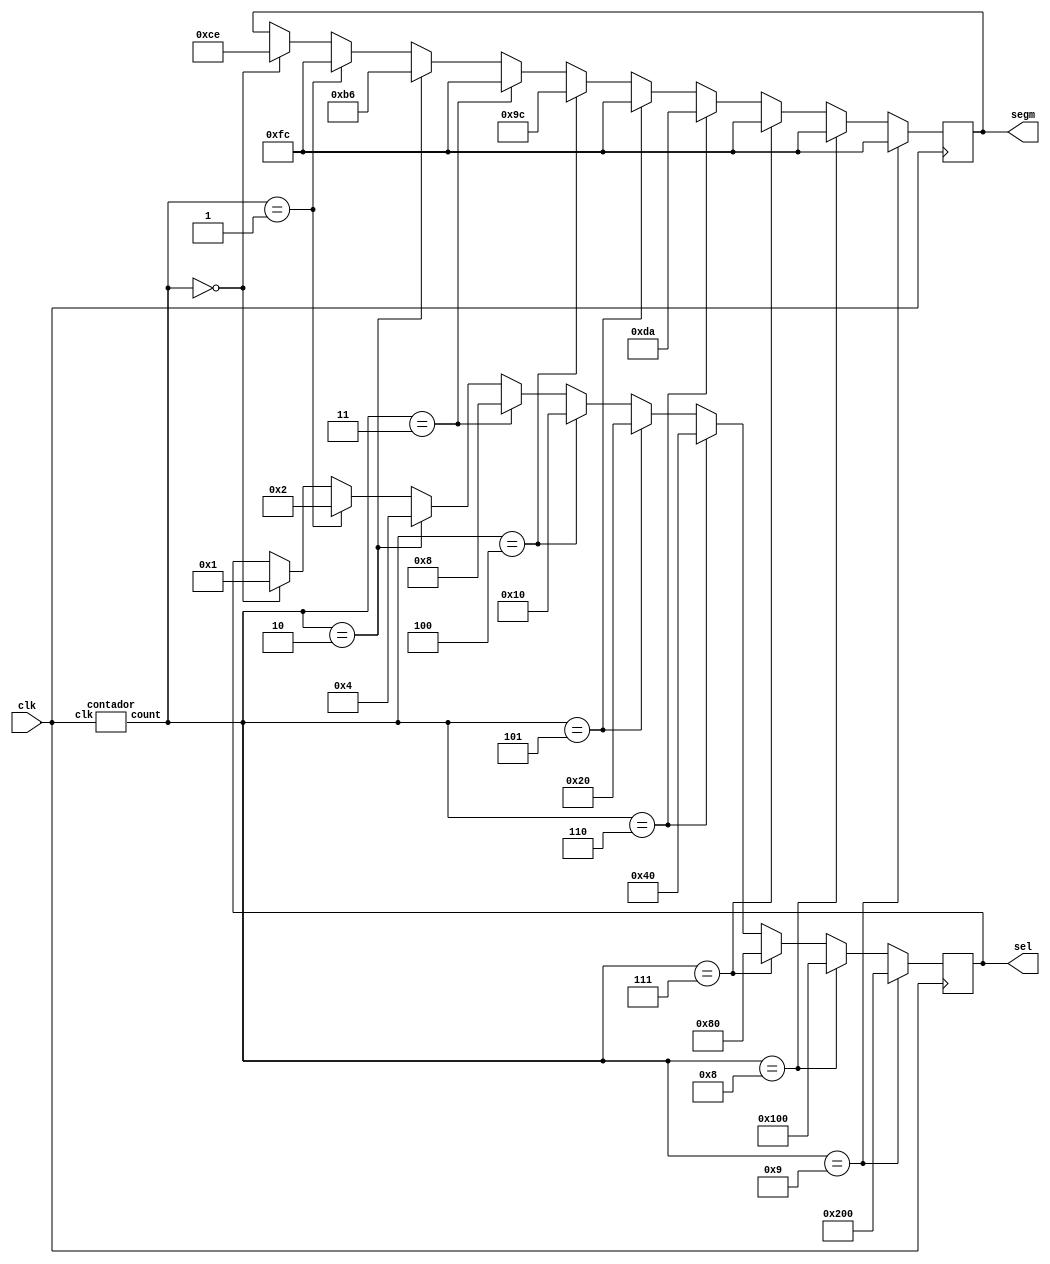


module posoco2000(
    input clk,
    output reg [9:0] sel,
    output reg [7:0] segm
    );
wire [3:0] cont;
contador dut(
.clk(clk),
.count(cont)
);

always@(posedge clk)
begin
    if(cont==4'b0000)
    begin
    //p
        sel=10'b0000000001;
        segm=8'b11001110;
    end

    if(cont==4'b0001)
    begin
    //o    
        sel=10'b0000000010;
        segm=8'b11111100;
    end

    if(cont==4'b0010)
    begin
    //s    
        sel=10'b0000000100;
        segm=8'b10110110;
    end

    if(cont==4'b0011)
    begin
    //o    
        sel=10'b0000001000;
        segm=8'b11111100;
    end

    if(cont==4'b0100)
    begin
    //c    
        sel=10'b0000010000;
        segm=8'b10011100;
    end

    if(cont==4'b0101)
    begin
    //o    
        sel=10'b0000100000;
        segm=8'b11111100;
    end

    if(cont==4'b0110)
    begin
    //2    
        sel=10'b0001000000;
        segm=8'b11011010;
    end 

    if(cont==4'b0111)
    begin
    //0    
        sel=10'b0010000000;
        segm=8'b11111100;
    end 

    if(cont==4'b1000)
    begin
    //0    
        sel=10'b0100000000;
        segm=8'b11111100;
    end

    if(cont==4'b1001)
    begin
    //0    
        sel=10'b1000000000;
        segm=8'b11111100;
    end
end
endmodule

module contador(count,clk);
    output [3:0] count;
    input  clk;
    
    reg [3:0] count=0;
    always @(posedge clk)
        if(count==4'd9)
            count<=4'b0;
        else
        count <= count + 1'b1;
endmodule